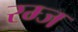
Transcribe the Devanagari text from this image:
रम्ज